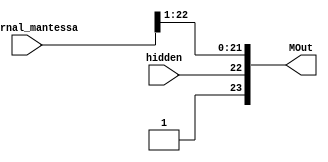
module round_4 (hidden , internal_mantessa , MOut);
input hidden;
input [22:0]internal_mantessa;
output reg [23:0]MOut;
always@(*)
begin
    MOut = {1'b1 , hidden , internal_mantessa[22:1]};
end
endmodule